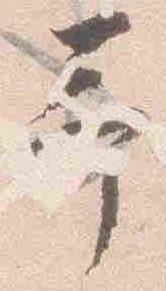
予